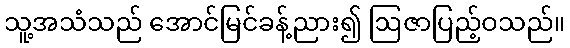
သူ့အသံသည် အောင်မြင်ခန့်ညား၍ ဩဇာပြည့်ဝသည်။